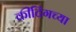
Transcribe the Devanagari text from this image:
कीटिंगच्या